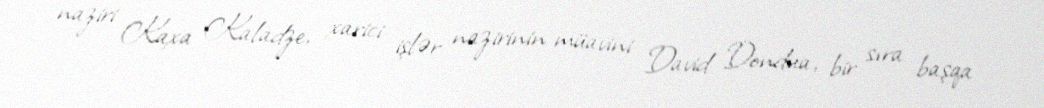
naziri Kaxa Kaladze, xarici işlər nazirinin müavini David Dondua, bir sıra başqa